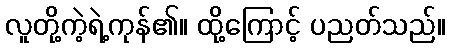
လူတို့ကဲ့ရဲ့ကုန်၏။ ထို့ကြောင့် ပညတ်သည်။